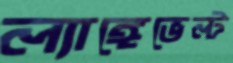
ল্যাঙ্গেভেল্ট